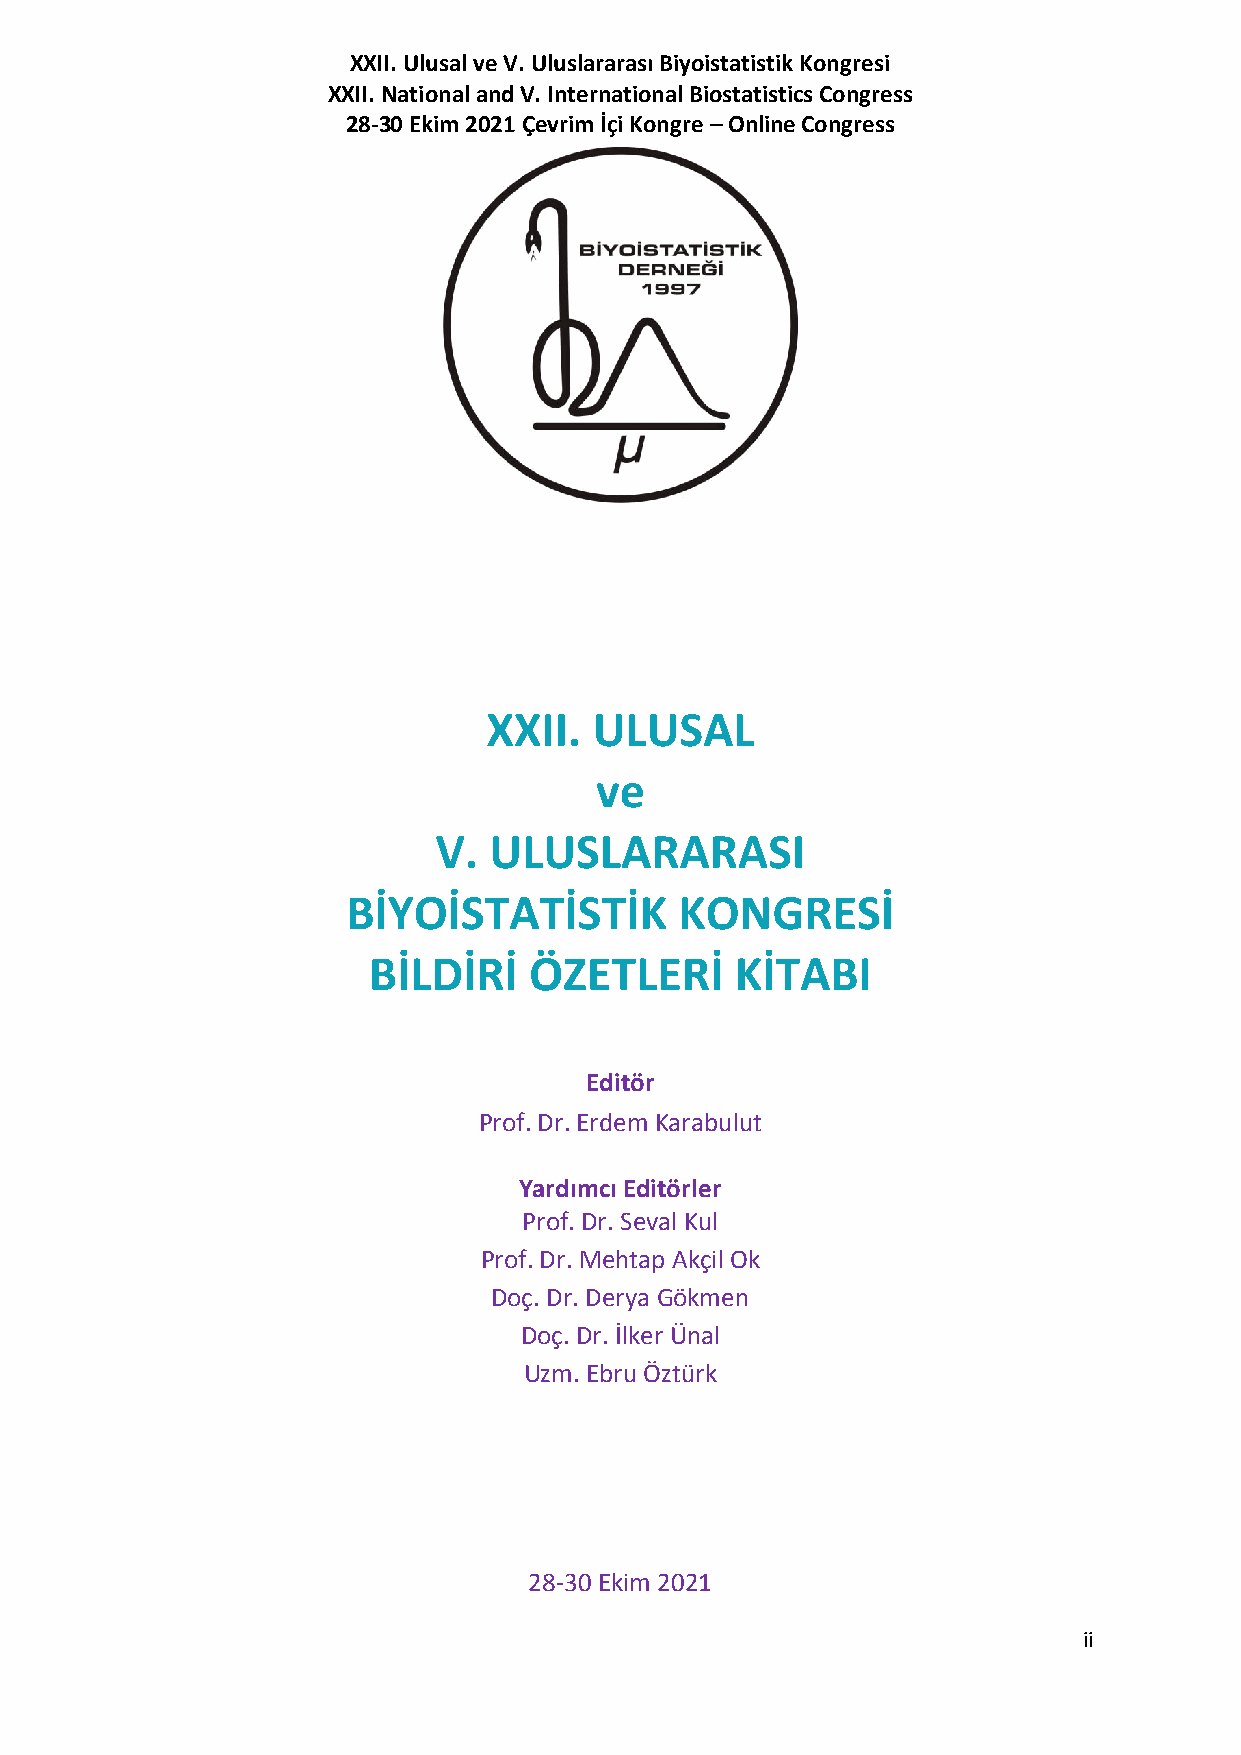
XXII. Ulusal ve V. Uluslararası Biyoistatistik Kongresi
 XXII. National and V. International Biostatistics Congress
 28-30 Ekim 2021 Çevrim İçi Kongre – Online Congress
 XXII.  ULUSAL
 ve
 V. ULUSLARARASI
 BİYOİSTATİSTİK        KONGRESİ
 BİLDİRİ    ÖZETLERİ      KİTABI
 Editör
 Prof. Dr. Erdem Karabulut
 Yardımcı Editörler
 Prof. Dr. Seval Kul
 Prof. Dr. Mehtap Akçil Ok
 Doç. Dr. Derya Gökmen
 Doç. Dr. İlker Ünal
 Uzm. Ebru Öztürk
 28-30 Ekim 2021
 ii